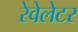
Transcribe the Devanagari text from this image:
रेवेलेटर